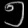
Digit: ၅